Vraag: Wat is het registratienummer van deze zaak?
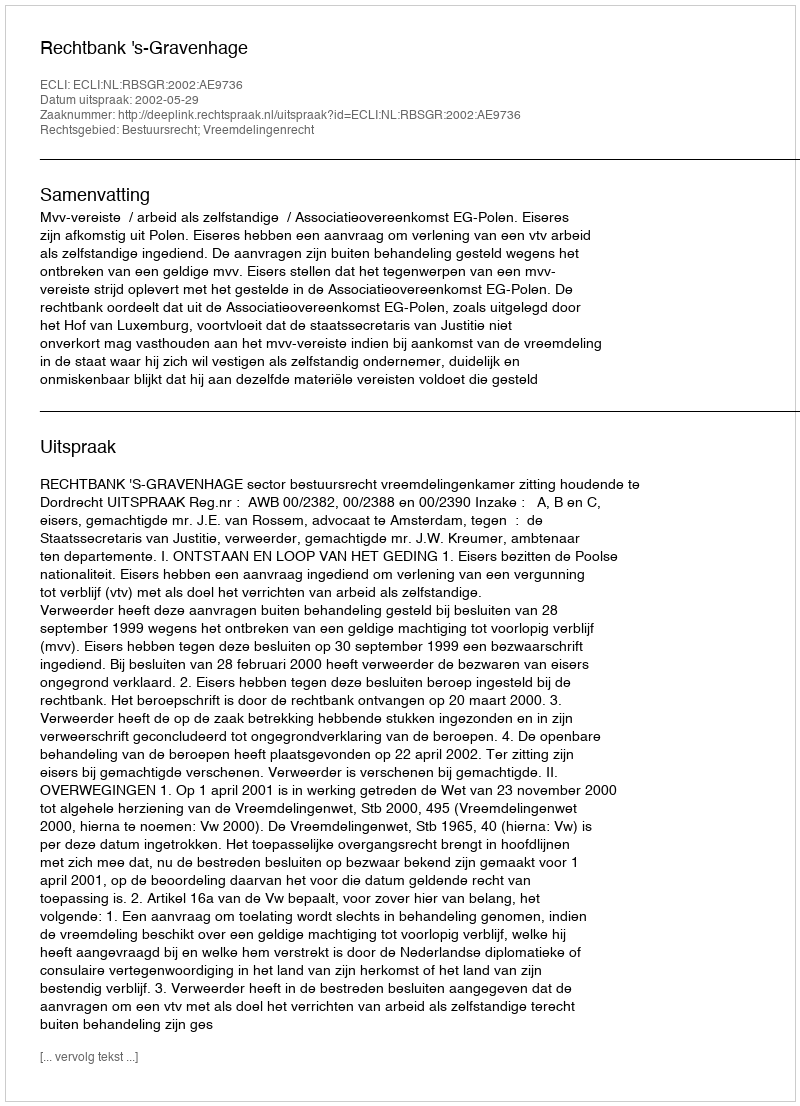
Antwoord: http://deeplink.rechtspraak.nl/uitspraak?id=ECLI:NL:RBSGR:2002:AE9736